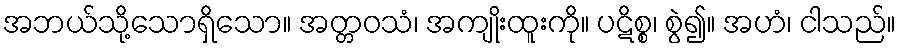
အဘယ်သို့သောရှိသော။ အတ္တဝသံ၊ အကျိုးထူးကို။ ပဋိစ္စ၊ စွဲ၍။ အဟံ၊ ငါသည်။